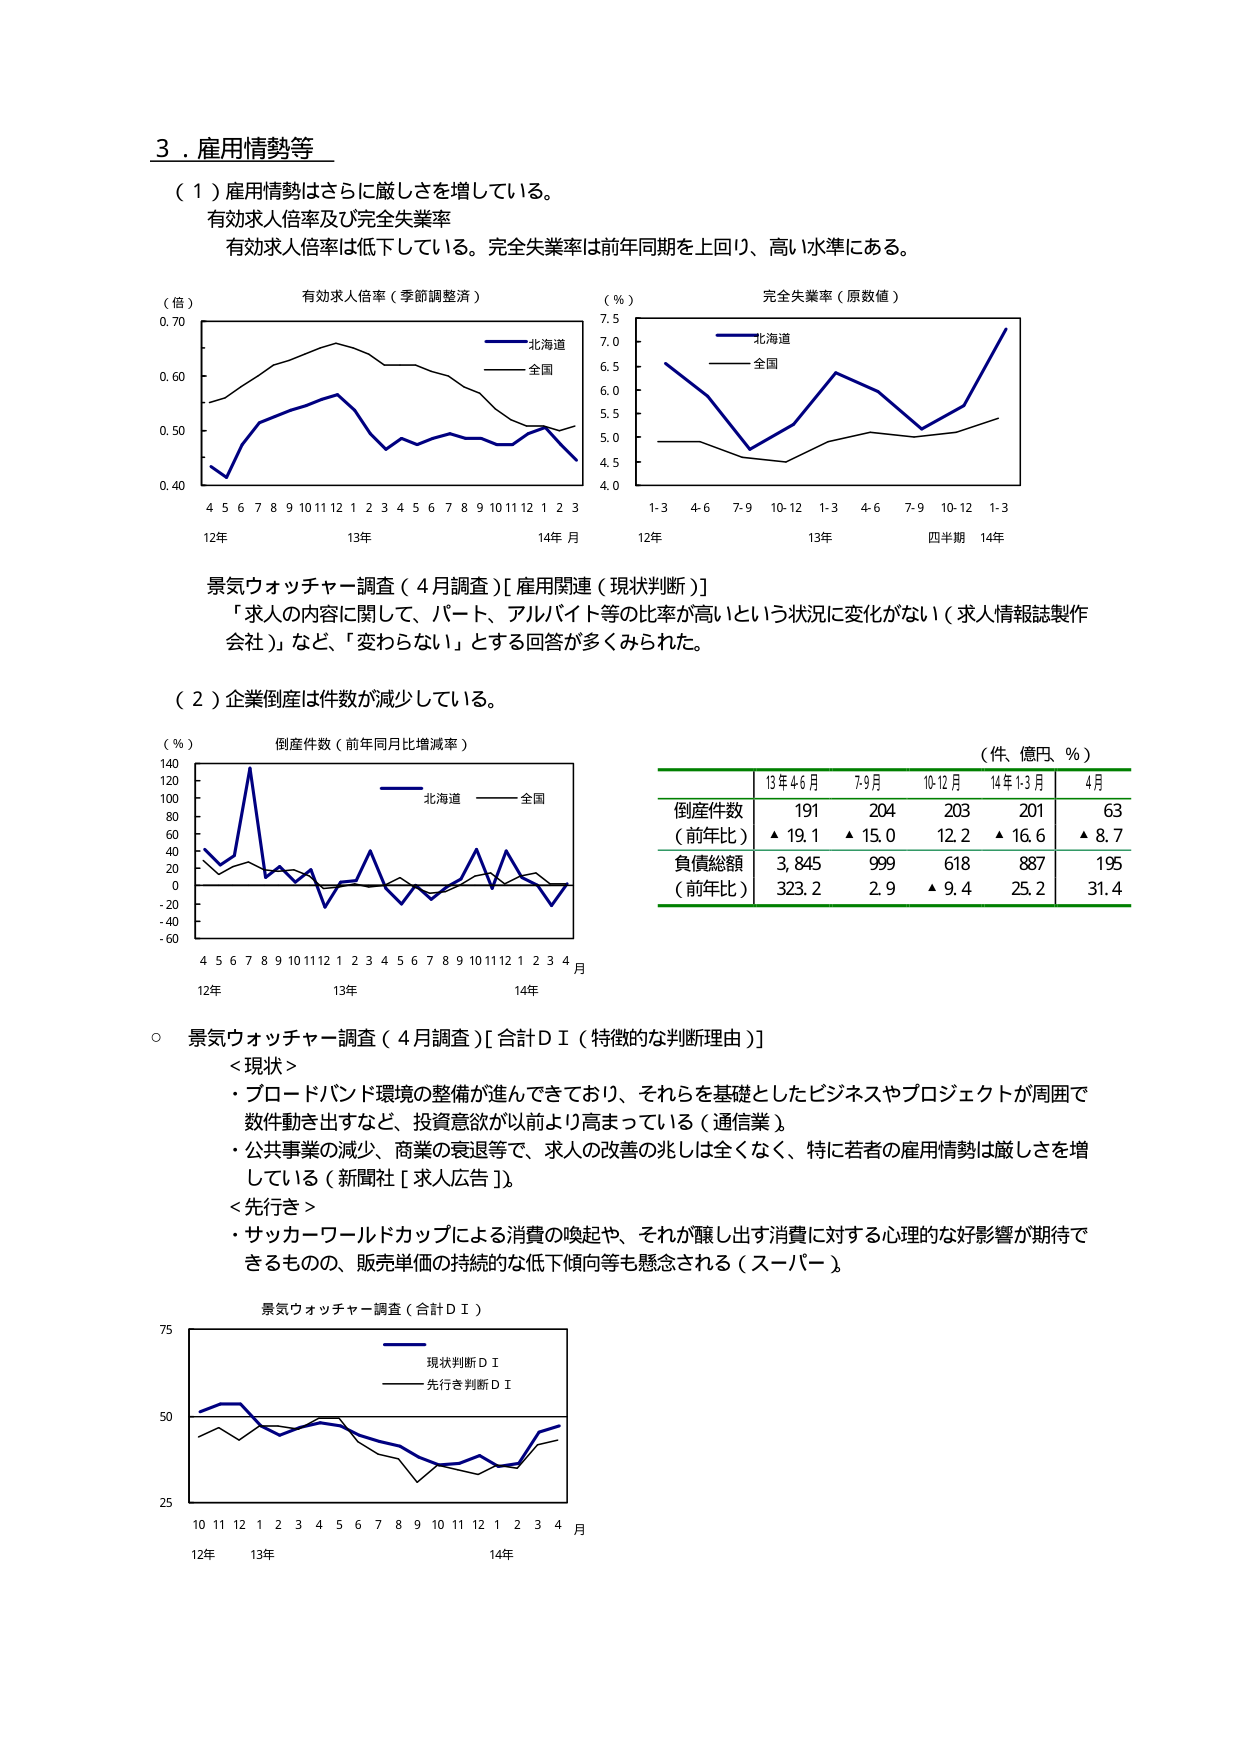
3．雇用情勢等

（1）雇用情勢はさらに厳しさを増している。
有効求人倍率及び完全失業率
有効求人倍率は低下している。完全失業率は前年同期を上回り、高い水準にある。

（倍）
有効求人倍率（季節調整済）
0.70
0.60
0.50
0.40
4 5 6 7 8 9 10 11 12 1 2 3 4 5 6 7 8 9 10 11 12 1 2 3
12年 13年 14年 月
北海道
全国

（％）
完全失業率（原数値）
7.5
7.0
6.5
6.0
5.5
5.0
4.5
4.0
1-3 4-6 7-9 10-12 1-3 4-6 7-9 10-12 1-3
12年 13年 四半期 14年
北海道
全国

景気ウォッチャー調査（4月調査）[雇用関連（現状判断）]
「求人の内容に関して、パート、アルバイト等の比率が高いという状況に変化がない（求人情報誌製作会社）」など、「変わらない」とする回答が多くみられた。

（2）企業倒産は件数が減少している。

（％）
倒産件数（前年同月比増減率）
140
120
100
80
60
40
20
0
-20
-40
-60
4 5 6 7 8 9 10 11 12 1 2 3 4 5 6 7 8 9 10 11 12 1 2 3 4 月
12年 13年 14年
北海道
全国

（件、億円、％）
13年4-6月 7-9月 10-12月 14年1-3月 4月
倒産件数 191 204 203 201 63
（前年比） ▲19.1 ▲15.0 12.2 ▲16.6 ▲8.7
負債総額 3,845 999 618 887 195
（前年比） 323.2 2.9 ▲9.4 25.2 31.4

○ 景気ウォッチャー調査（4月調査）[合計ＤＩ（特徴的な判断理由）]
＜現状＞
・ブロードバンド環境の整備が進んできており、それらを基礎としたビジネスやプロジェクトが周囲で数件動き出すなど、投資意欲が以前より高まっている（通信業）
・公共事業の減少、商業の衰退等で、求人の改善の兆しは全くなく、特に若者の雇用情勢は厳しさを増している（新聞社[求人広告]）

＜先行き＞
・サッカーワールドカップによる消費の喚起や、それが醸し出す消費に対する心理的な好影響が期待できるものの、販売単価の持続的な低下傾向等も懸念される（スーパー）

景気ウォッチャー調査（合計ＤＩ）
75
50
25
10 11 12 1 2 3 4 5 6 7 8 9 10 11 12 1 2 3 4 月
12年 13年 14年
現状判断ＤＩ
先行き判断ＤＩ